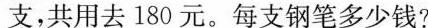
支，共用去180元。每支钢笔多少钱?